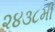
૨૪૩૮મી